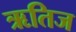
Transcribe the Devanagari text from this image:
ऋतिज